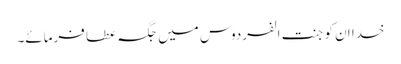
خدا ان کو جنت الفردوس میں جگہ عطا فرمائے۔